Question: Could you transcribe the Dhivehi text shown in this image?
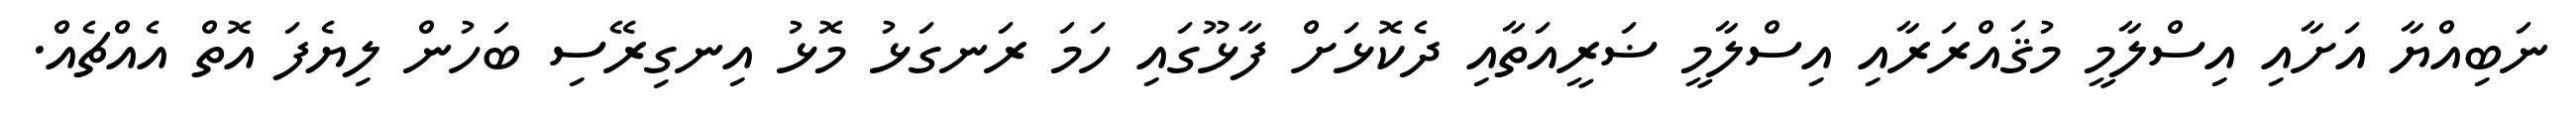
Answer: ނަބިއްޔާ އަށާއި އިސްލާމީ މުޤައްރަރާއި އިސްލާމީ ޟަރީއަތާއި ދެކޮޅަށް ފާޅޫގައި ހަމަ ރަނގަޅު މޮޅު އިނގިރޭސި ބަހުން ލިޔެފަ އޮތް އެއްޗެއް.